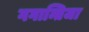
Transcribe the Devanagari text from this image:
गगान्तिजा